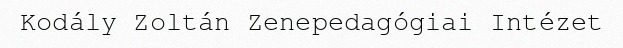
Kodály Zoltán Zenepedagógiai Intézet